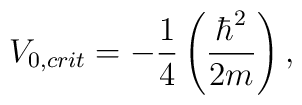
V_{0,crit} = -\frac{1}{4}\left(\frac{\hbar^2}{2m}\right),